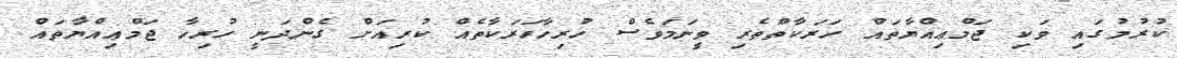
ކުރުމުގައި ވަކި ޖަމްޢިއްޔާތައް ހަރަކާތްތެރި ވީނަމަވެސް ހުރިހާހަރަކާތެއް ކުރިއަށް ގެންދަނީ ހުރިހާ ޖަމްޢިއްޔާތައް